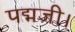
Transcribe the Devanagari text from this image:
पद्मजी।